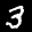
Label: 3